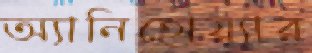
অ্যানিহোয়্যার